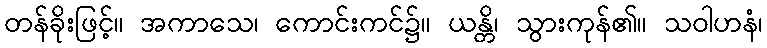
တန်ခိုးဖြင့်။ အကာသေ၊ ကောင်းကင်၌။ ယန္တိ၊ သွားကုန်၏။ သဝါဟနံ၊